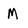
Character: M